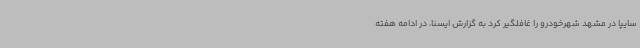
سایپا در مشهد شهرخودرو را غافلگیر کرد به گزارش ایسنا، در ادامه هفته